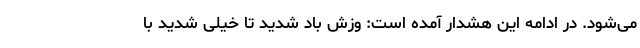
می‌شود. در ادامه این هشدار آمده است: وزش باد شدید تا خیلی شدید با